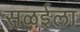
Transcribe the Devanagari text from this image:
सळईला